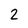
Character: 2